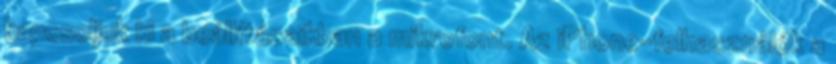
kapcsoljuk ki a beállításaikban a mikrofont. Az iPhone-felhasználók a